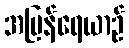
အမြန်ရေယာဉ်